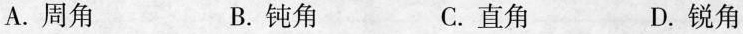
A.周角 B.钝角 C.直角 D.锐角